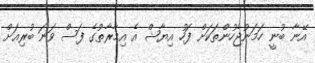
އޭނާ ބުނީ ހަމަނުޖެހުންތަކަށް ފަހު އިޔާޝް އެ އިމާރާތުގެ ފަސް ވަނަ ބުރިއަށް